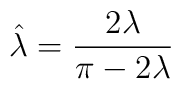
\hat{\lambda}=\frac{2\lambda}{\pi-2\lambda}